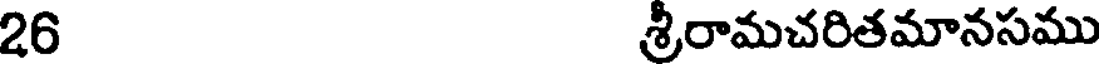
26 శ్రీరామచరితమానసము